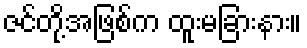
ဇင်တို့အဖြစ်က ထူးမခြားနား။